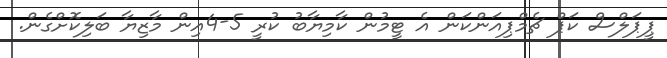
ޕީޕަލްސް ކަޕް ޗެމްޕިއަންކަން އެ ޓީމުން ކާމިޔާބު ކުރީ 5-4އިން މާޒިޔާ ބަލިކޮށްގެން.